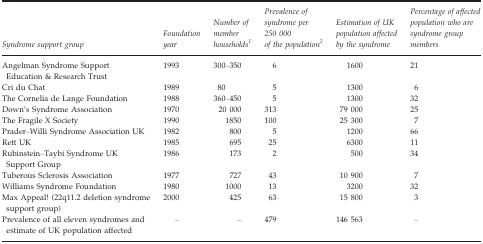
| Syndrome support group | Foundation year | Number of member householdsa | Prevalence of syndrome per 250 000 of the populationb | Estimation of UK population affected by the syndrome | Percentage of affected population who are syndrome group members |
 | --- | --- | --- | --- | --- | --- |
 | Angelman Syndrome Support Education & Research Trust | 1993 | 300–350 | 6 | 1600 | 21 |
 | Cri du Chat | 1989 | 80 | 5 | 1300 | 6 |
 | The Cornelia de Lange Foundation | 1988 | 360–450 | 5 | 1300 | 32 |
 | Down's Syndrome Association | 1970 | 20 000 | 313 | 79 000 | 25 |
 | The Fragile X Society | 1990 | 1850 | 100 | 25 300 | 7 |
 | Prader–Willi Syndrome Association UK | 1982 | 800 | 5 | 1200 | 66 |
 | Rett UK | 1985 | 695 | 25 | 6300 | 11 |
 | Rubinstein–Taybi Syndrome UK Support Group | 1986 | 173 | 2 | 500 | 34 |
 | Tuberous Sclerosis Association | 1977 | 727 | 43 | 10 900 | 7 |
 | Williams Syndrome Foundation | 1980 | 1000 | 13 | 3200 | 32 |
 | Max Appeal! (22q11.2 deletion syndrome support group) | 2000 | 425 | 63 | 15 800 | 3 |
 | Prevalence of all eleven syndromes and estimate of UK population affected | – | – | 479 | 146 563 | – |